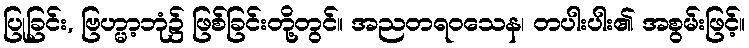
ပြုခြင်း, ဗြဟ္မာ့ဘုံ၌ ဖြစ်ခြင်းတို့တွင်။ အညတရဝသေန၊ တပါးပါး၏ အစွမ်းဖြင့်။